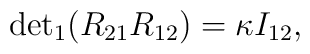
{\det}_1 (R_{21} R_{12}) = \kappa I_{12},